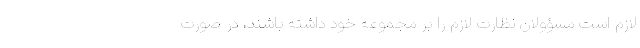
لازم است مسؤولان نظارت لازم را بر مجموعه خود داشته باشند، در صورت